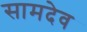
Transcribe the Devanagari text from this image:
सामदेव